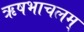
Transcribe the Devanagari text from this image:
ऋषभाचलम्